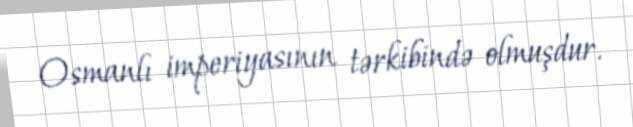
Osmanlı imperiyasının tərkibində olmuşdur.